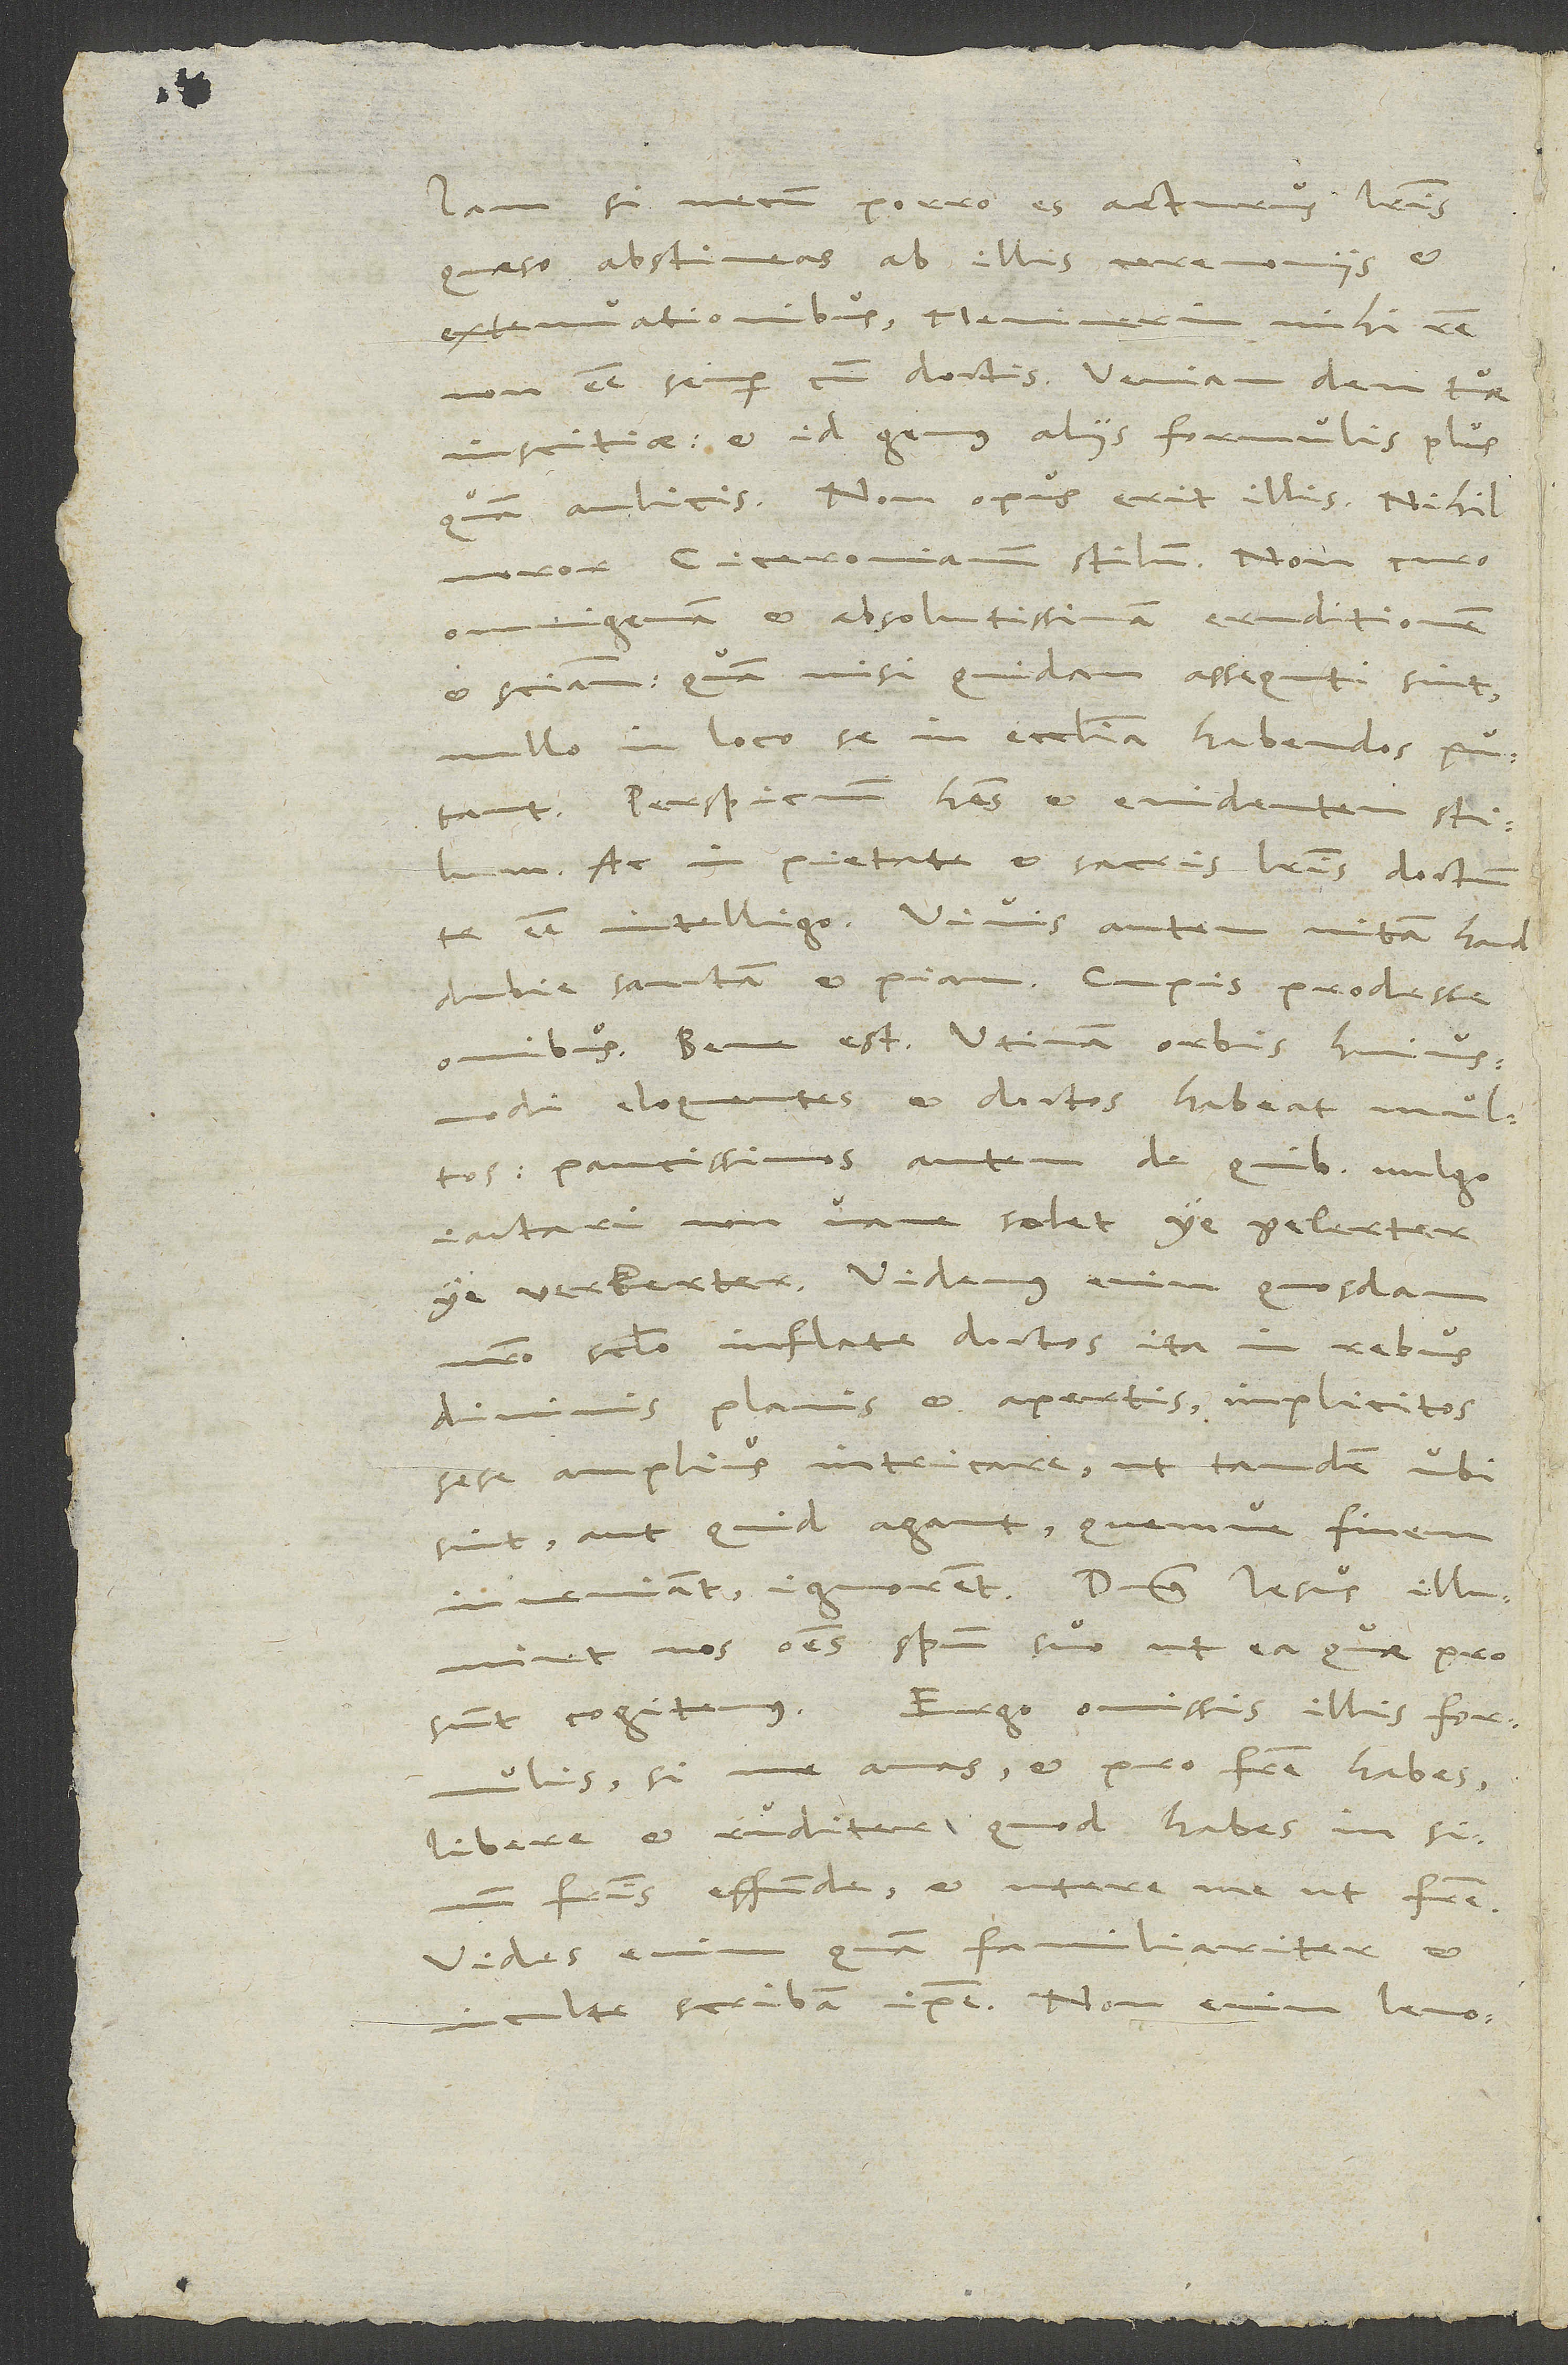
Iam si verum porro es acturus literis,
quaeso abstineas ab illis ceremoniis
extenuationibus - meminerim mihi rem
non esse semper cum doctis, veniam dem tuae
inscitiae - et id genus aliis formulis plus
quam aulicis. Non opus erit illis. Nihil
moror Ciceronianum stilum. Non curo
omnigenam et absolutissimam eruditionem
et scientiam, quam, nisi quidam assequuti sint,
nullo in loco se in ecclesiam habendos putant.
Perspicuum habes et evidentem stilum.
Ac in pietate et sacris literis doctum
te esse intelligo. Vivis autem vitam haud
dubie sanctam et piam. Cupis prodesse
omnibus. Bene est. Utinam orbis huiusmodi
eloquentes et doctos habeat multos,
paucissimos autem, de quibus vulgo
iactari non vane solet „ye gelerter,
ye verkerter“! Videmus enim quosdam
nostro saeculo inflate doctos ita in rebus
divinis planis et apertis implicitos
sese amplius intricare, ut tandem ubi
sint aut quid agant quemve finem
inveniant, ignorent. Dominus Iesus illuminet
nos omnes spiritu suo, ut ea quae prosunt,
cogitemus. Ergo omissis illis formulis,
si me amas et pro fratre habes,
libere et ruditer, quod habes, in sinum
fratris effunde, et utere me ut fratre.
Vides enim quam familiariter et
inculte scribam ipse. Non enim lenoc iniis